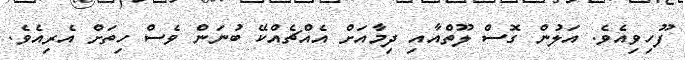
ފޫހިވިއެވެ. އަލުން ގޮސް ލޫތްއާއި ދިމާއަށް އެއްޗެއްކޭ ބުނަން ވެސް ހިތަށް އެރިއެވެ.